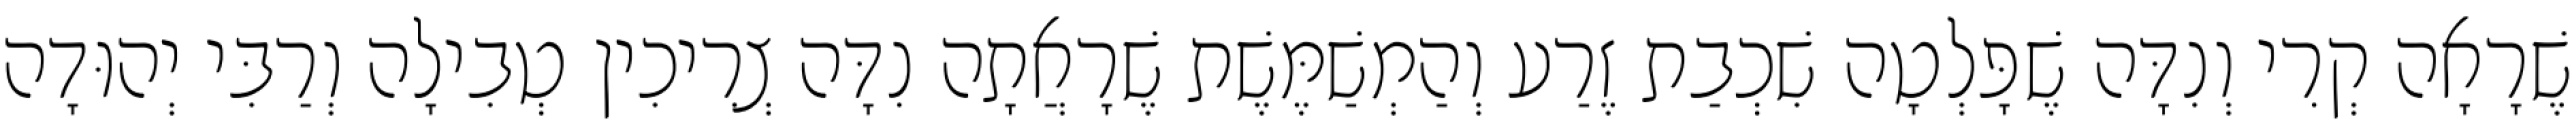
שֶׁרָאָה קְרִי וְנִדָּה שֶׁפָּלְטָה שִׁכְבַת זֶרַע וְהַמְשַׁמֶּשֶׁת שֶׁרָאֲתָה נִדָּה צְרִיכִין טְבִילָה וְרַבִּי יְהוּדָה